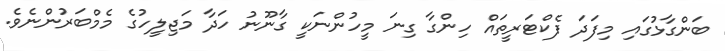
ބަންގާޅުގައި މިފަދަ ފެކްޓަރީތައް ހިންގާ ގިނަ މީހުންނަކީ ގާނޫނު ހަދާ މަޖިލީހުގެ މެމްބަރުންނެވެ.